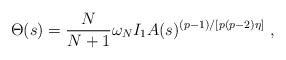
\begin{align*}\Theta(s) = \frac{N}{N+1} \omega_N I_1 A(s)^{(p-1)/[p(p-2)\eta]}\ ,\end{align*}